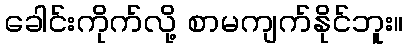
ခေါင်းကိုက်လို့ စာမကျက်နိုင်ဘူး။